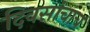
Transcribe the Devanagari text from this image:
दिवसांचाच